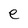
Character: e